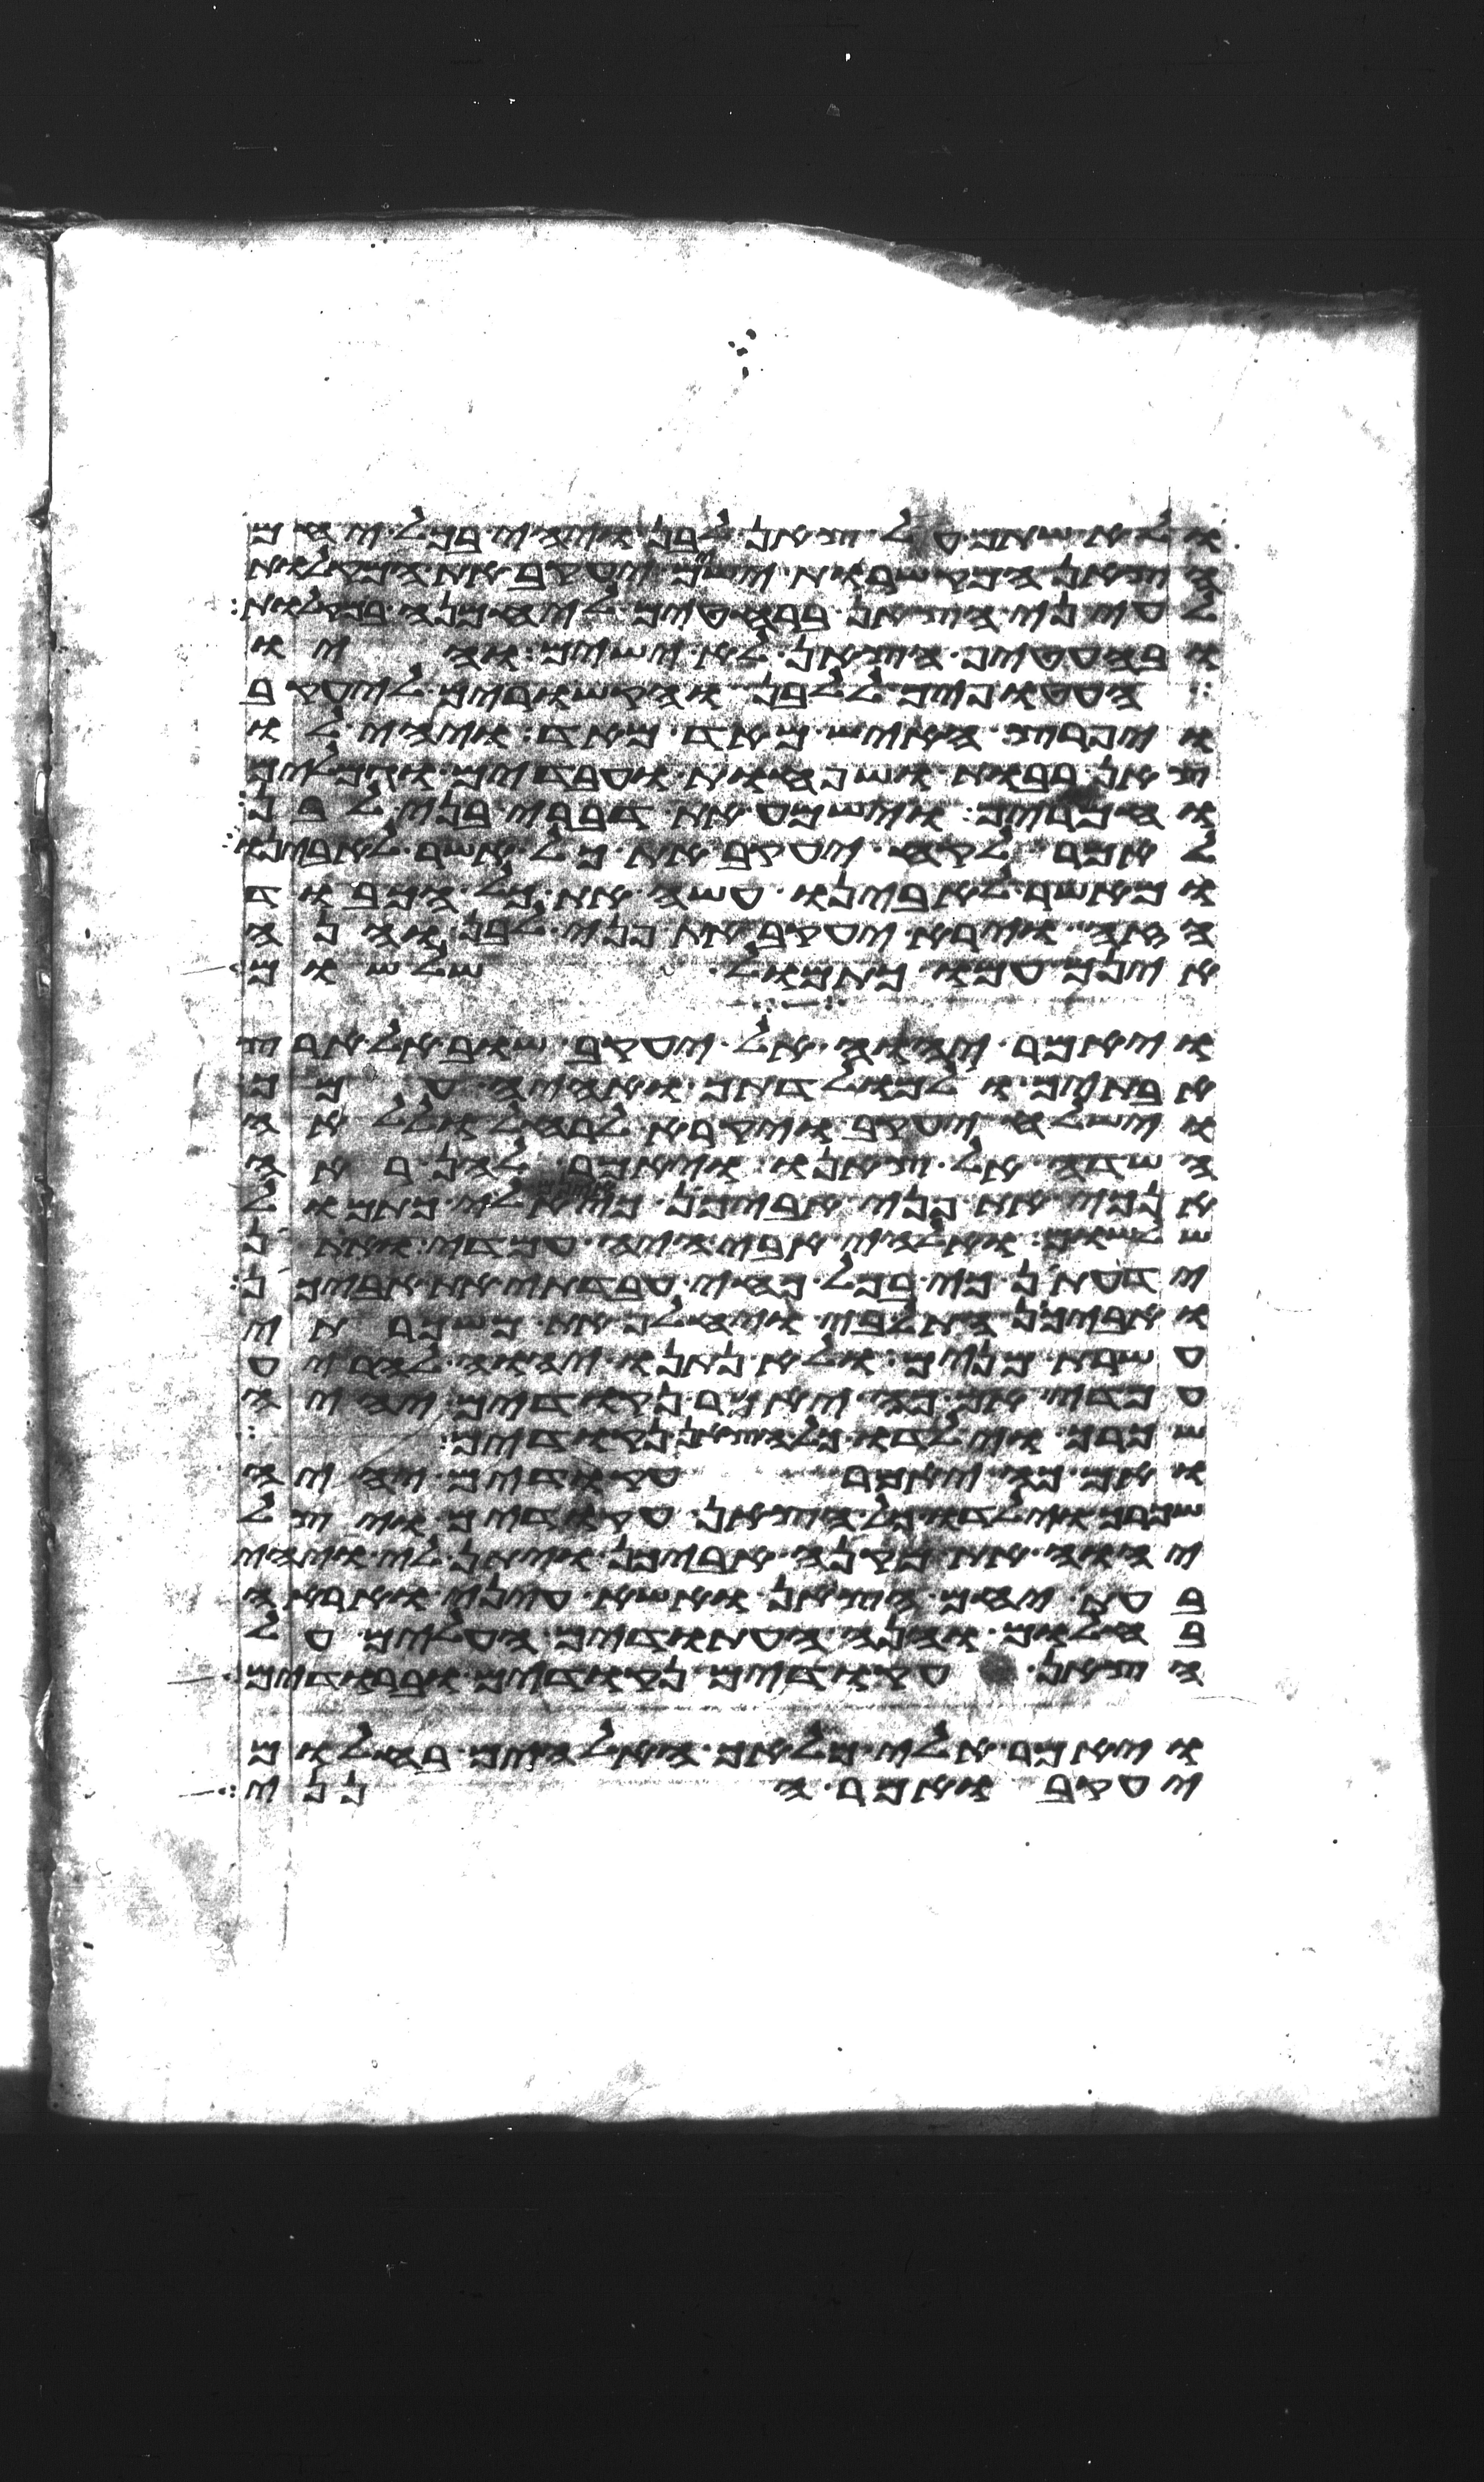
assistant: ולא שתם על צאן לבן ויהי בכל יחם
הצאן המקשרות ישים יעקב את המקלות
לעיני הצאן ברחטים ליחמנה במקלות
ובהעטיף הצאן לא ישים והיו
העטופים ללבן והקשורים ליעקב
ויפרץ האיש מאד מאד ויהי לו
צאן רבות ושפחות עבדים וגמלים
וחמרים וישמע את דברי בני לבן
לאמר לקח יעקב את כל אשר לאבינו
ומאשר לאבינו עשה את כל הכבוד
הזה וירא יעקב את פני לבן והנה
אינם עמו כתמול שלשום
ויאמר יהוה אל יעקב שוב אל ארץ
אבתיך ואל מולדתך ואהיה עמך
וישלח יעקב ויקרא לרחל וללאה
השדה אל צאנו ויאמר להן ראה
אנכי את פני אביכן כי אינם אלי כתמול
שלשום ואלהי אבי היה עמדי ואתין
ידעתן כי בכל כחי עבדתי את אביכן
ואביכן התל בי ויחלף את משכרתי
עשרת מנים ולא נתנו יהוה להריע
עמדי אם כה יאמר נקודים יהיה
שכרך וילדו כל הצאן נקודים
ואם כה יאמר עקודים יהיה
שכרך וילדו כל הצאן עקודים ויצל
יהוה את מקנה אביכן ויתן לי ויהי
בעת יחם הצאן ואשא עיני ואראה
בחלום והנה העתודים העלים על
הצאן עקודים נקודים וברודים
ויאמר אלי מלאך האלהים בחלום
יעקב ואמר הנני